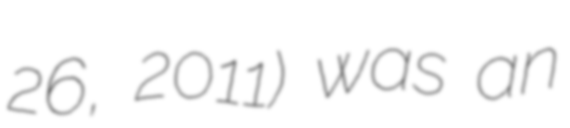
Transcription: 26, 2011) was an